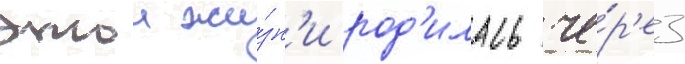
этои жи́зн'и род'илась че́р'ез